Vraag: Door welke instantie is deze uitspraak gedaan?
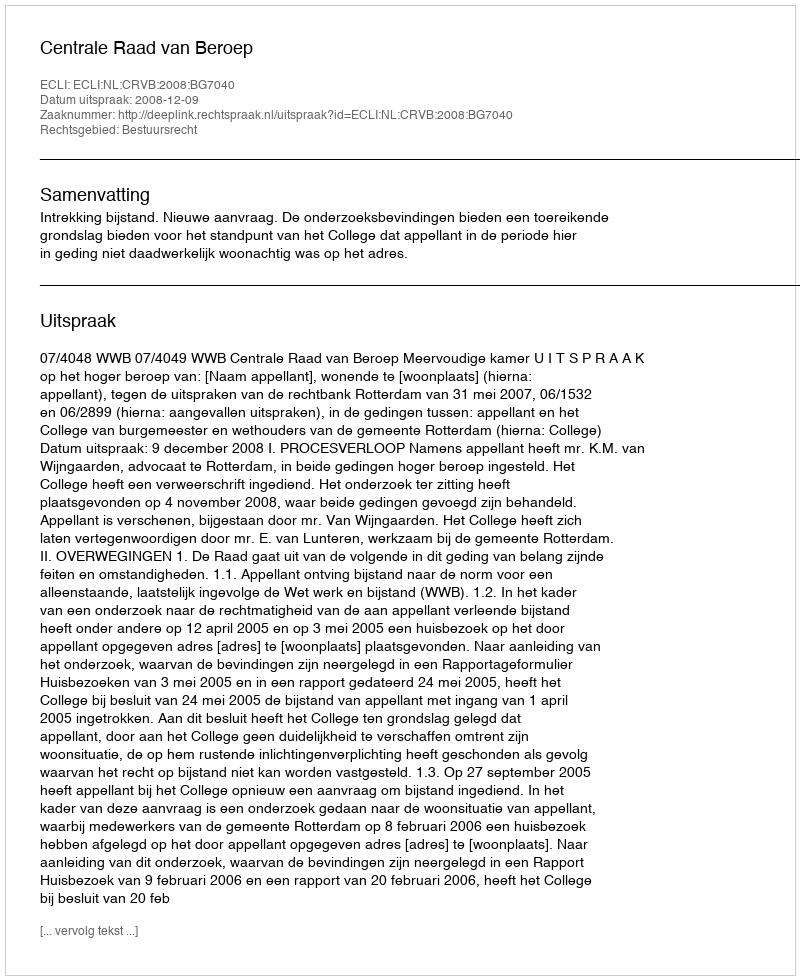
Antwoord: Centrale Raad van Beroep